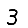
Digit: 3